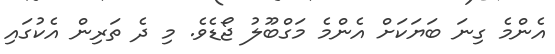
އެންމެ ގިނަ ބަޔަކަށް އެންމެ މަގްބޫލު ޖޯޑެވެ. މި ދެ ތަރިން އެކުގައި